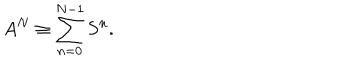
A ^ { N } \equiv \sum _ { n = 0 } ^ { N - 1 } S ^ { n } .